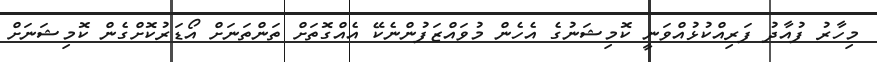
މިހާރު ފުއާދު ފަރިއްކުޅުއްވަނީ ކޮމިޝަނުގެ އެހެން މުވައްޒަފުންނެކޭ އެއްގޮތަށް ތަންތަނަށް އޯޑަރުކޮށްގެން ކޮމިޝަނަށް